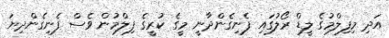
އަދި މިފިލްމުގެ ލީޑް ރޯލުގައި ފެނިގެންދާނީ މީގެ ކުރީގެ ފިލްމުން ވެސް ފެނިގެންދިޔަ